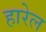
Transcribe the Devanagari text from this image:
हारेल